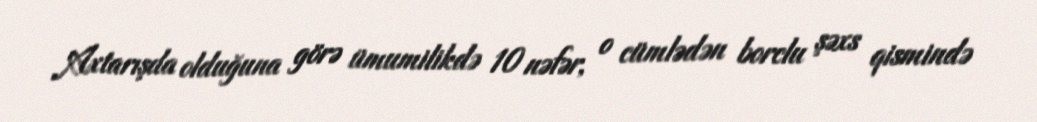
Axtarışda olduğuna görə ümumilikdə 10 nəfər, o cümlədən borclu şəxs qismində